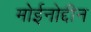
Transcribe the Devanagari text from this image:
मोईनोद्दीन